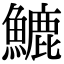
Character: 𩺮